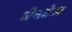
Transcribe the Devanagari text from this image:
वेनटेज